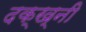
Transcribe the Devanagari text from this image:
दक्ख्नी